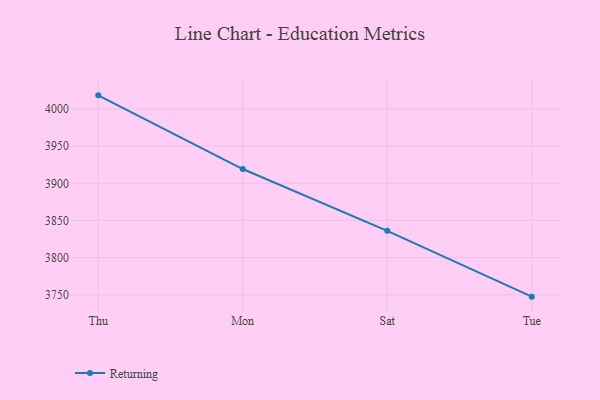
{"axis": {"x": "Day", "y": "Energy Usage (MWh)"}, "legend": ["Returning"], "data": [{"x": "Thu", "y": 4018.4, "type": "Returning"}, {"x": "Mon", "y": 3919.2, "type": "Returning"}, {"x": "Sat", "y": 3836.0, "type": "Returning"}, {"x": "Tue", "y": 3747.4, "type": "Returning"}]}